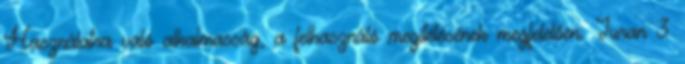
Használatra való alkalmasság, a felhasználó megítélésének megfelelően. Juran 3